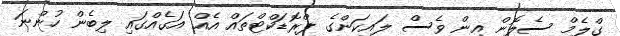
ގްލެމް ސެލޮން އިން ވެސް ލައިކަންގެ ޕްރޮޑަކްޓްތައް އެއް އަގެއްގައި ލިބެން ހުންނަ